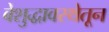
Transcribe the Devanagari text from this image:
बेशुद्धावस्थेतून